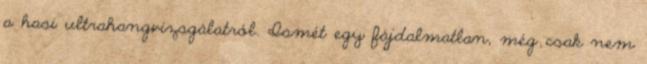
a hasi ultrahangvizsgálatról. Ismét egy fájdalmatlan, még csak nem